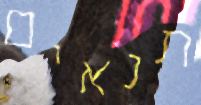
תנאים